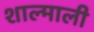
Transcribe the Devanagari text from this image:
शाल्माली